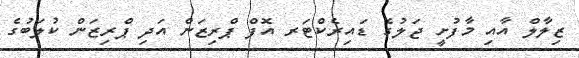
ޒިލާލް އާއި މާފުށީ ޖަލުގެ ޑައިރެކްޓަރ އޮފް ޕްރިޒަން އަދި ޕްރިޒަން ކުލަބުގެ